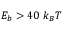
E _ { b } > 4 0 ~ k _ { B } T